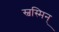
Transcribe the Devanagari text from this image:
स्वस्मिन्